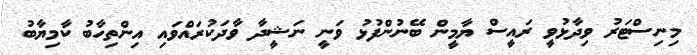
މިނިސްޓަރު ވިދާޅުވީ ރައީސް ޔާމީން ބޭނުންފުޅު ވަނީ ނަޝީދާ ވާދަކުރައްވައި އިންތިހާބު ކާމިޔާބު